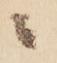
ニ